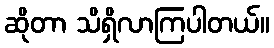
ဆိုတာ သိရှိလာကြပါတယ်။